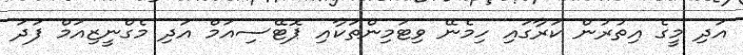
އަދި މީގެ އިތުރުން ކަރާގައި ހިމެނޭ ވިޓަމިންތަކާއި ޕޮޓޭސިއަމް އަދި މެގްނީޒިއަމް ފަދަ